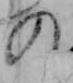
の